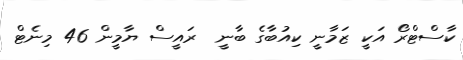
ކާސްޓްރޯ އަކީ ޒަމާނީ ކިއުބާގެ ބާނީ  ރައީސް ޔާމީން 46 މިނެޓް